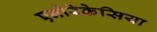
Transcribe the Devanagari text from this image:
एनोरेकेसिया